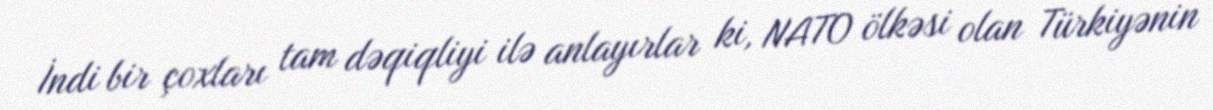
İndi bir çoxları tam dəqiqliyi ilə anlayırlar ki, NATO ölkəsi olan Türkiyənin